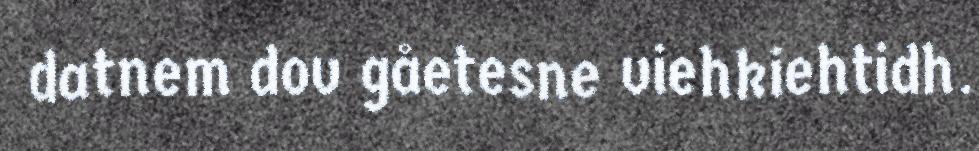
datnem dov gåetesne viehkiehtidh.